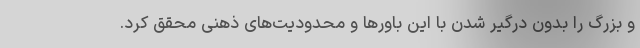
و بزرگ را بدون درگیر شدن با این باورها و محدودیت‌های ذهنی محقق کرد.